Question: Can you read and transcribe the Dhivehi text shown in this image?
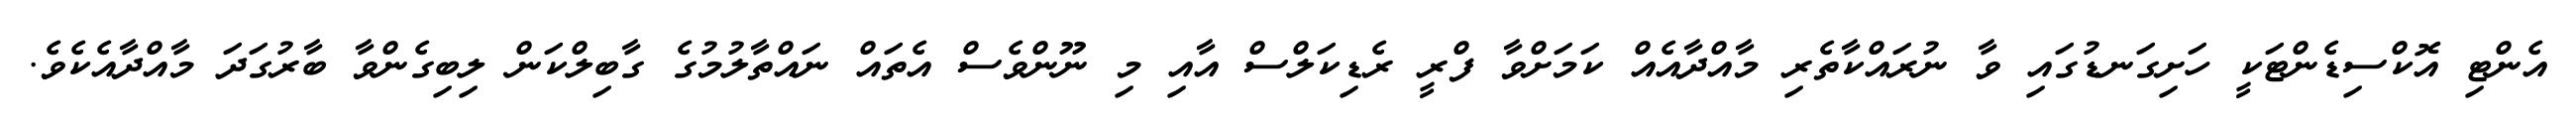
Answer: އެންޓި އޮކްސިޑެންޓަކީ ހަށިގަނޑުގައި ވާ ނުރައްކާތެރި މާއްދާއެއް ކަމަށްވާ ފްރީ ރެޑިކަލްސް އާއި މި ނޫންވެސް އެތައް ނައްތާލުމުގެ ގާބިލްކަން ލިބިގެންވާ ބާރުގަދަ މާއްދާއެކެވެ.